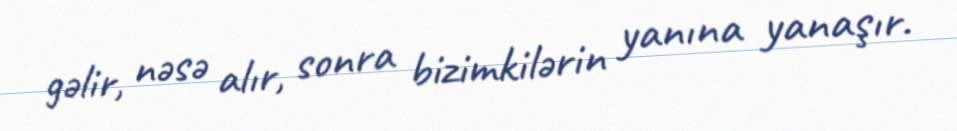
gəlir, nəsə alır, sonra bizimkilərin yanına yanaşır.